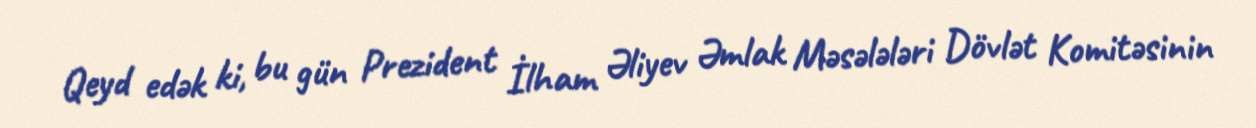
Qeyd edək ki, bu gün Prezident İlham Əliyev Əmlak Məsələləri Dövlət Komitəsinin